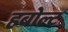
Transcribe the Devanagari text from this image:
हबोल्ट